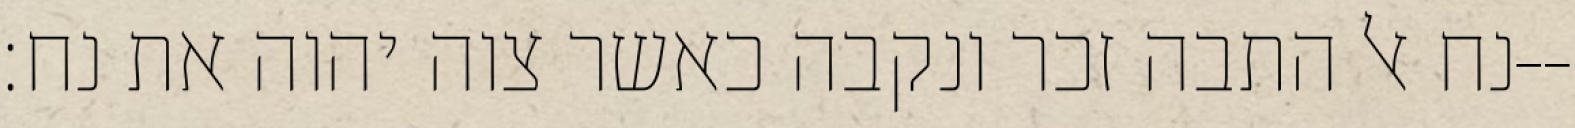
נח אל התבה זכר ונקבה כאשר צוה יהוה את נח׃--